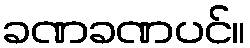
ခဏခဏပင်။